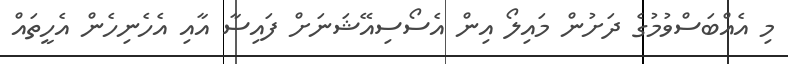
މި އެއްބަސްވުމުގެ ދަށުން މައިލޯ އިން އެސޯސިއޭޝަނަށް ފައިސާ އާއި އެހެނިހެން އެހީތައް